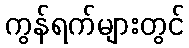
ကွန်ရက်များတွင်